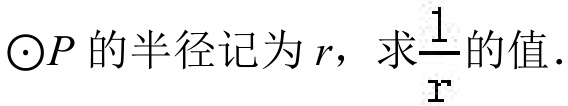
\(\odot P\)的半径记为\(r\)，求\(\frac{1}{r}\)的值.